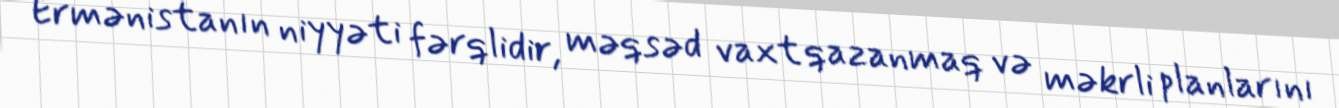
Ermənistanın niyyəti fərqlidir, məqsəd vaxt qazanmaq və məkrli planlarını